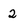
Character: 2